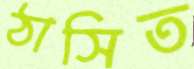
ঠাসিত